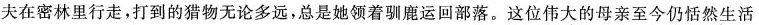
夫在密林里行走，打到的猎物无论多远，总是她领着驯鹿运回部落。这位伟大的母亲至今仍恬然生活